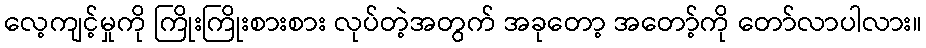
လေ့ကျင့်မှုကို ကြိုးကြိုးစားစား လုပ်တဲ့အတွက် အခုတော့ အတော့်ကို တော်လာပါလား။